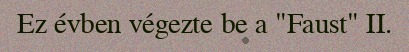
Ez évben végezte be a "Faust" II.